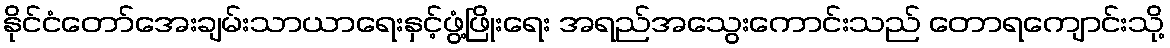
နိုင်ငံတော်အေးချမ်းသာယာရေးနှင့်ဖွံ့ဖြိုးရေး အရည်အသွေးကောင်းသည် တောရကျောင်းသို့